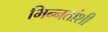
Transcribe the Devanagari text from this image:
भिन्नतांशी